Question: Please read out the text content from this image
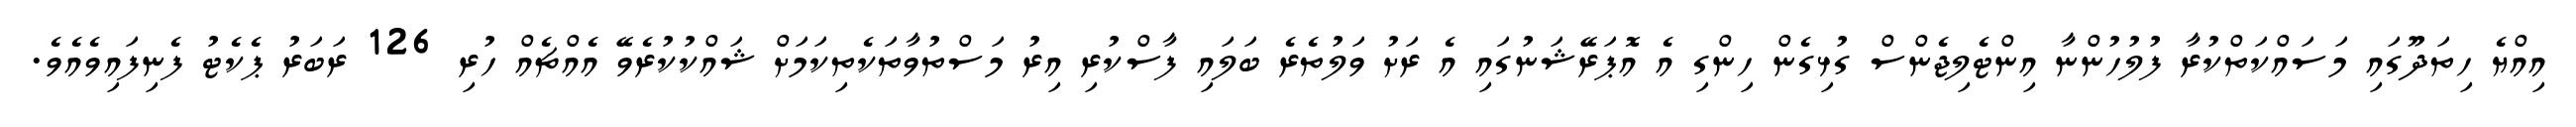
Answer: އިއްޔެ ހިތަދޫގައި މަސައްކަތްކުރާ ފުލުހުންނާ އިންޓެލިޖެންސް ގުޅިގެން ހިންގި އެ އޮޕަރޭޝަނުގައި އެ ރަށު ވަލުތެރެ ބަލައި ފާސްކުރި އިރު މަސްތުވާތަކެތިކަމަށް ޝައްކުކުރެވޭ އެއްޗެއް ހުރި 126 ރަބަރު ޕެކެޓު ފެނިފައިވެއެވެ.